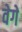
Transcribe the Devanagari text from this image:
वेगें